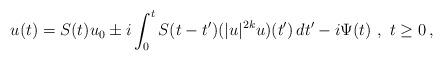
LaTeX: \begin{align*}u(t) = S(t) u_0 \pm i\int_0^t S(t-t') (|u|^{2k}u)(t')\,dt' - i \Psi(t)\ ,\ t\geq0\,,\end{align*}